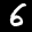
Label: 6